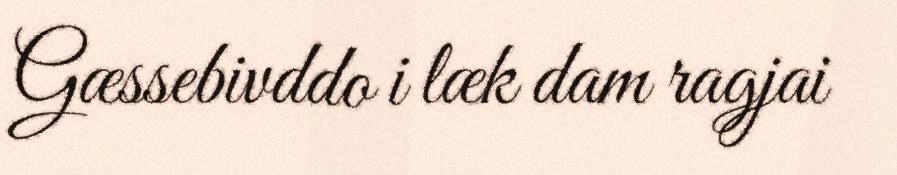
Gæssebivddo i læk dam ragjai